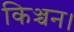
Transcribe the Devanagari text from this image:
किञ्चन।